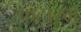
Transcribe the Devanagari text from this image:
कटारम